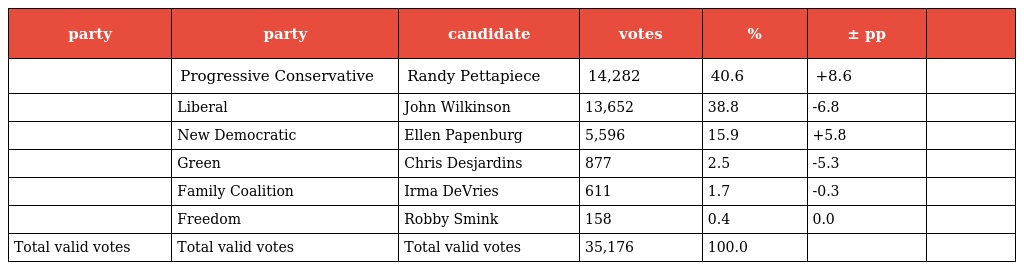
| party | party | candidate | votes | % | ± pp |  |
 | --- | --- | --- | --- | --- | --- | --- |
 |  | Progressive Conservative | Randy Pettapiece | 14,282 | 40.6 | +8.6 |  |
 |  | Liberal | John Wilkinson | 13,652 | 38.8 | -6.8 |  |
 |  | New Democratic | Ellen Papenburg | 5,596 | 15.9 | +5.8 |  |
 |  | Green | Chris Desjardins | 877 | 2.5 | -5.3 |  |
 |  | Family Coalition | Irma DeVries | 611 | 1.7 | -0.3 |  |
 |  | Freedom | Robby Smink | 158 | 0.4 | 0.0 |  |
 | Total valid votes | Total valid votes | Total valid votes | 35,176 | 100.0 |  |  |